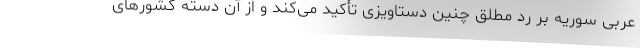
عربی سوریه بر رد مطلق چنین دستاویزی تأکید می‌کند و از آن دسته کشورهای